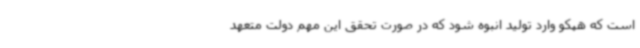
است که هپکو وارد تولید انبوه شود که در صورت تحقق این مهم دولت متعهد